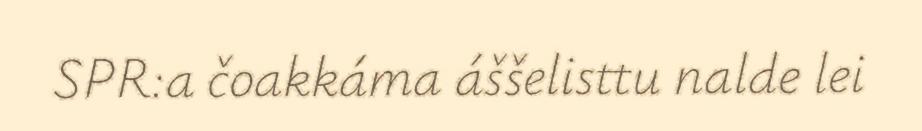
SPR:a čoakkáma áššelisttu nalde lei